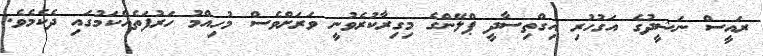
ރައީސް ނަޝީދުގެ އަގުހުރި އިގްތިސާދީ ޕްލޭންގެ މިގިރާކުރެވުނީ ވަރަށްވެސް މުހިއްމު ހަރުފަތެއްކަމުގައި ދެކެމެވެ.